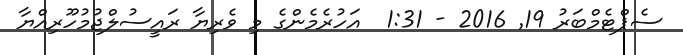
ސެޕްޓެމްބަރު 19